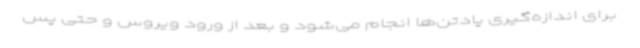
برای اندازه‌گیری پادتن‌ها انجام می‌شود و بعد از ورود ویروس و حتی پس